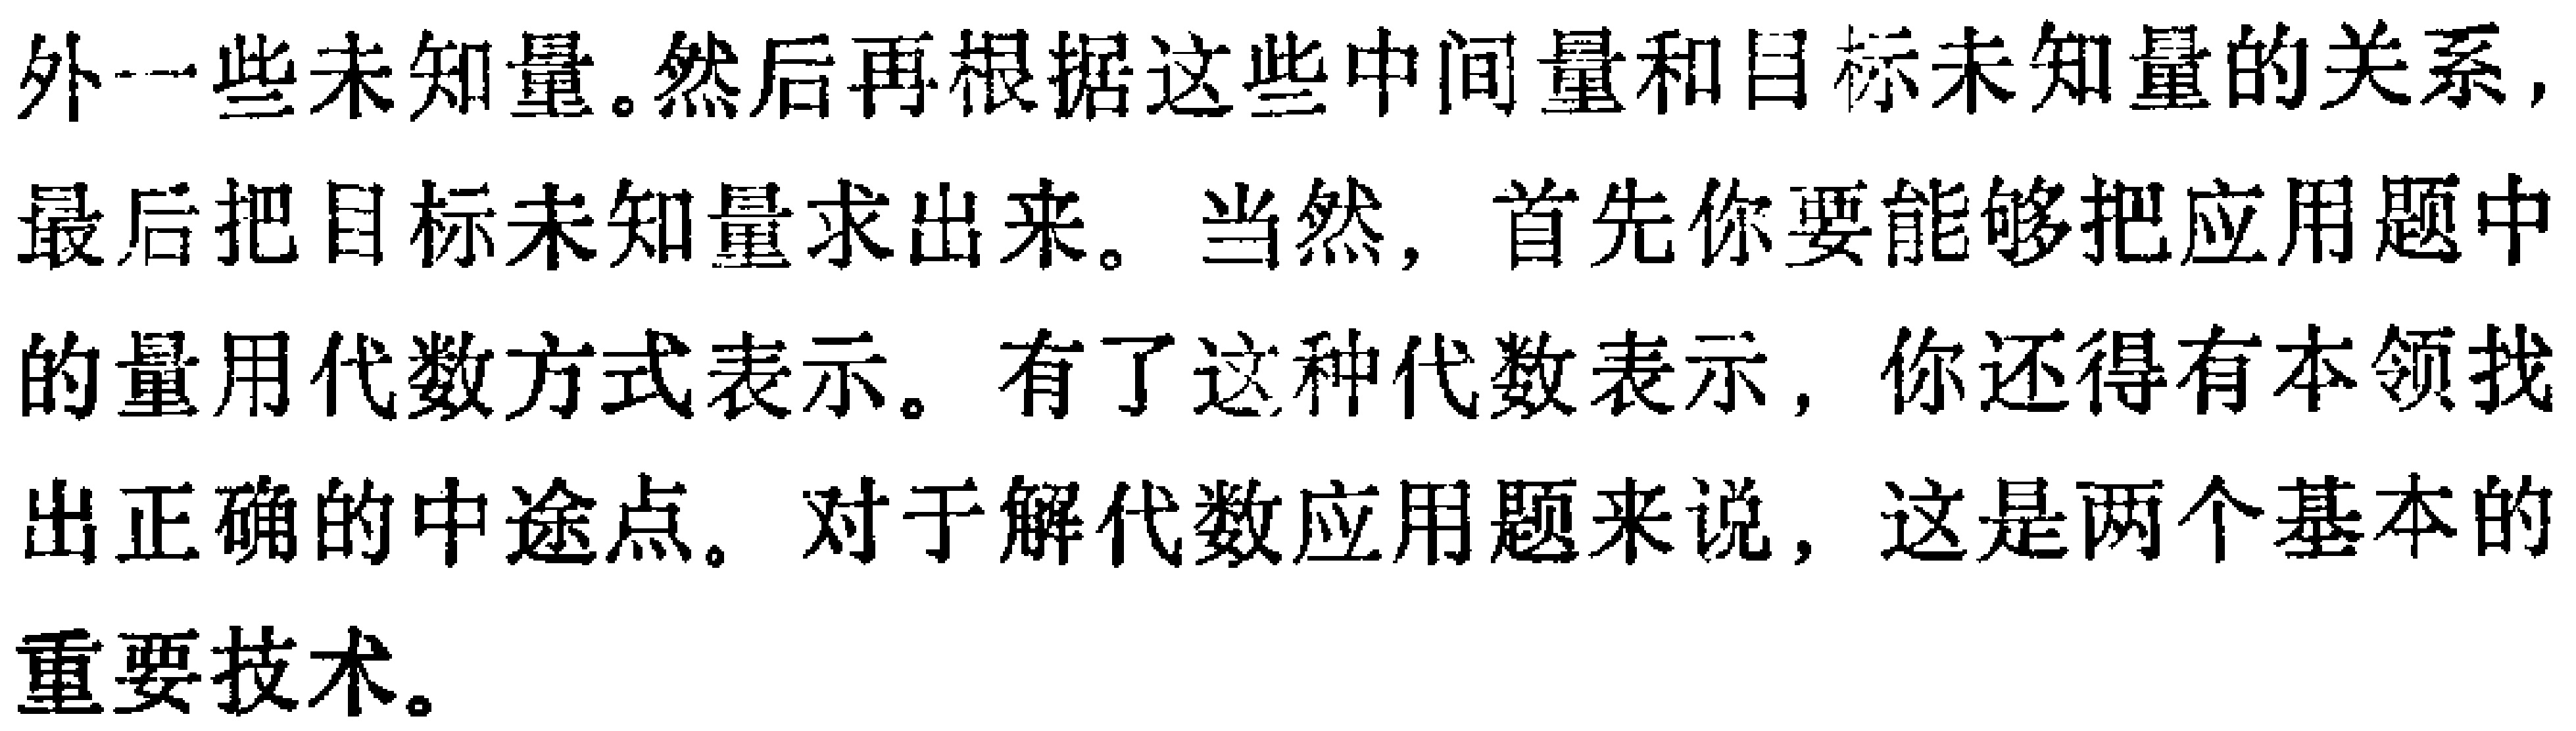
外一些未知量。然后再根据这些中间量和目标未知量的关系，最后把目标未知量求出来。当然，首先你要能够把应用题中的量用代数方式表示。有了这种代数表示，你还得有本领找出正确的中途点。对于解代数应用题来说，这是两个基本的重要技术。